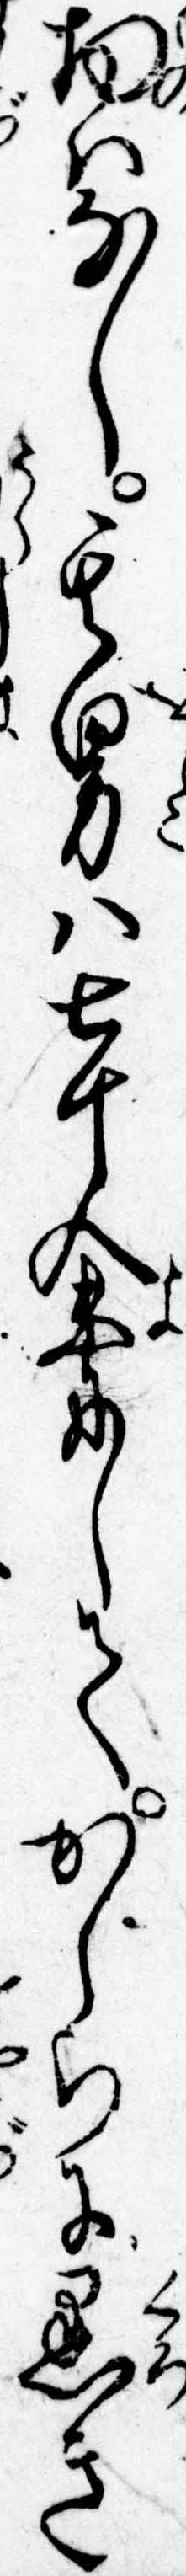
物はなし其男は七十余にしてかしらに黒き